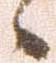
候